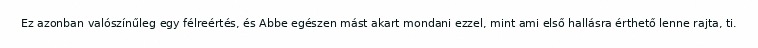
Ez azonban valószínűleg egy félreértés, és Abbe egészen mást akart mondani ezzel, mint ami első hallásra érthető lenne rajta, ti.